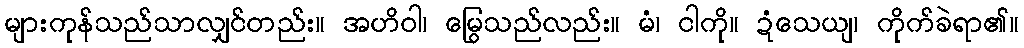
များကုန်သည်သာလျှင်တည်း။ အဟိဝါ၊ မြွေသည်လည်း။ မံ၊ ငါကို။ ဍံသေယျ၊ ကိုက်ခဲရာ၏။